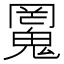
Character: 𱆜